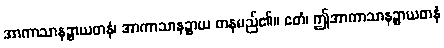
အာကာသာနဉ္စာယတနံ၊ အာကာသာနဉ္စာယ တနမည်၏။ ဧတံ၊ ဤအာကာသာနဉ္စာယတနံ